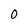
Character: O